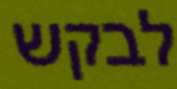
לבקש